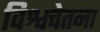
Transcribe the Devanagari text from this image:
विश्वचेतना